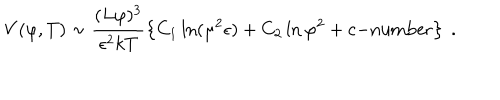
V ( \varphi , T ) \sim \frac { ( L \varphi ) ^ { 3 } } { \epsilon ^ { 2 } k T } \left\{ C _ { 1 } \ln ( \mu ^ { 2 } \epsilon ) + C _ { 2 } \ln \varphi ^ { 2 } + c \mathrm { - n u m b e r } \right\} \ .